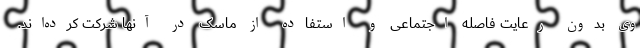
وی بدون رعایت فاصله اجتماعی و استفاده از ماسک در آنها شرکت کرده‌اند.